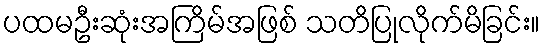
ပထမဦးဆုံးအကြိမ်အဖြစ် သတိပြုလိုက်မိခြင်း။